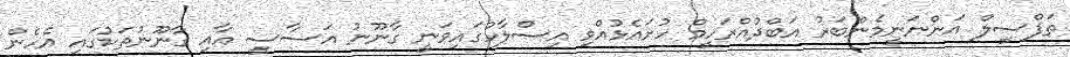
ތަފްސީލް އަންނަނީމެންބަރު އަބްދުއްރަހީމް ހުށައެޅުއްވި އިސްލާހުގައިވަނީ ގާނޫނު އަސާސީ އާއި ގާނޫނުތަކުގައި އެހެން